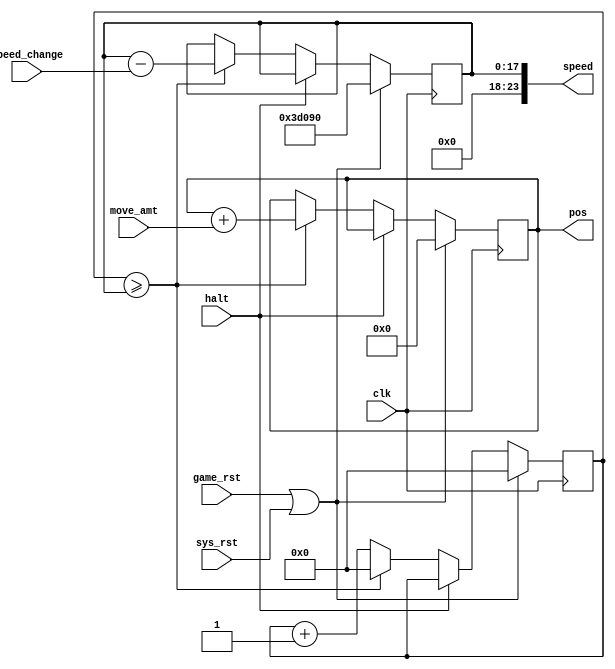
//SPDX-FileCopyrightText: 2021 Ethan Polcyn & Anish Singhani
//
// Licensed under the Apache License, Version 2.0 (the "License");
// you may not use this file except in compliance with the License.
// You may obtain a copy of the License at
//
//      http://www.apache.org/licenses/LICENSE-2.0
//
// Unless required by applicable law or agreed to in writing, software
// distributed under the License is distributed on an "AS IS" BASIS,
// WITHOUT WARRANTIES OR CONDITIONS OF ANY KIND, either express or implied.
// See the License for the specific language governing permissions and
// limitations under the License.
// SPDX-License-Identifier: Apache-2.0
`default_nettype none

// Calculate X-position for cactus and floor
module p21_scroll (
    input wire halt,
    output reg [10:0] pos,
    output wire [23:0] speed,

    input wire [7:0] speed_change,
    input wire [7:0] move_amt,

	input wire game_rst,
    input wire clk,
    input wire sys_rst
);

localparam INITIAL_SPEED = 250000; // 10ms at 25Mhz

reg [17:0] ctr;
reg [17:0] tick_time;

assign speed = tick_time;

always @(posedge clk) begin
    if (game_rst || sys_rst) begin
        pos <= 0;
        ctr <= 0;
        tick_time <= INITIAL_SPEED;
    end
    else if (!halt) begin
        ctr <= ctr + 1;
        if(ctr >= tick_time)begin
            ctr <= 0;
            tick_time <= tick_time - speed_change;
            pos <= pos + move_amt;
        end
    end
end

endmodule